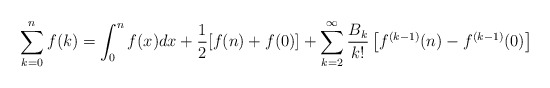
\begin{align*} \sum\limits_{k = 0}^n f(k) = \int_0^n f(x)dx + \frac{1}{2} [f(n)+f(0)] + \sum\limits_{k = 2}^\infty \frac{B_{k}}{k!} \left[f^{(k - 1)}(n) - f^{(k - 1)}(0) \right] \end{align*}